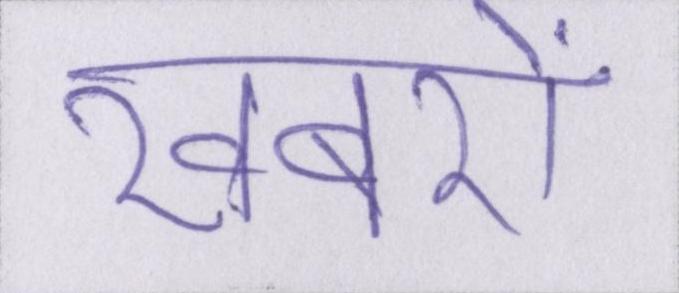
खबरों